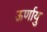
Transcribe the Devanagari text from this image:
ऊर्णायु